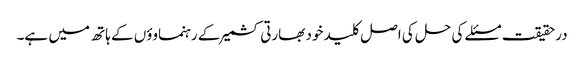
درحقیقت مسئلے کی حل کی اصل کلید خود بھارتی کشمیر کے رہنماوؤں کے ہاتھ میں ہے۔